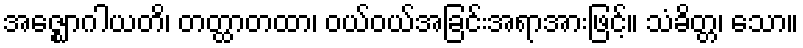
အဇ္ဈောဂါယတိ၊ တတ္ထာတထာ၊ ဝယ်ဝယ်အခြင်းအရာအားဖြင့်။ သံခိတ္တ၊ သော။